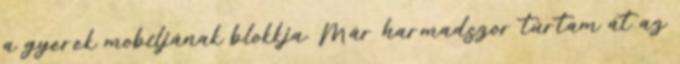
a gyerek mobiljának blokkja. Már harmadszor túrtam át az